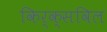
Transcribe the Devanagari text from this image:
किर्क्सविल